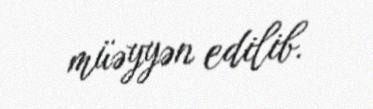
müəyyən edilib.